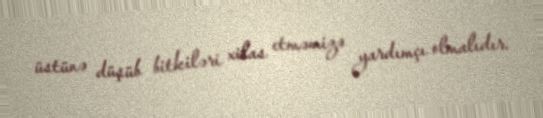
üstünə düşüb bitkiləri xilas etməmizə yardımçı olmalıdır.